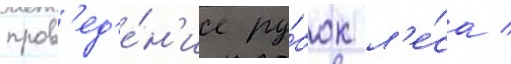
пров'ед'е́н'ие ру́бок л'е́са /